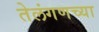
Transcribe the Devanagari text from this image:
तेलंगणच्या